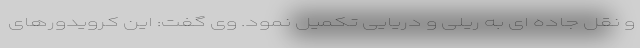
و نقل جاده ای به ریلی و دریایی تکمیل نمود. وی گفت: این کرویدورهای